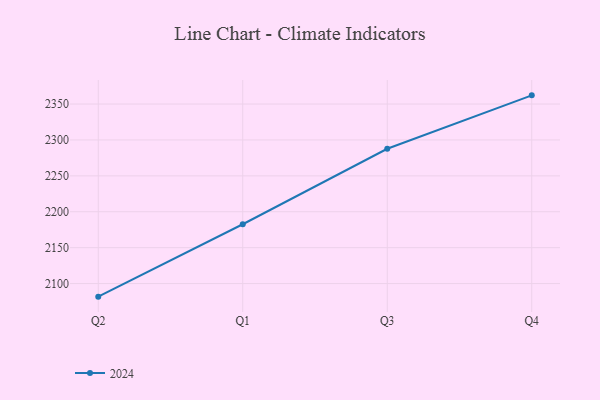
{"axis": {"x": "Quarter", "y": "Bounce Rate (%)"}, "legend": ["2024"], "data": [{"x": "Q2", "y": 2081.8, "type": "2024"}, {"x": "Q1", "y": 2182.6, "type": "2024"}, {"x": "Q3", "y": 2287.7, "type": "2024"}, {"x": "Q4", "y": 2362.1, "type": "2024"}]}